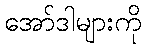
အော်ဒါများကို